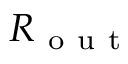
R _ { \mathrm { ~ o ~ u ~ t ~ } }